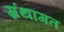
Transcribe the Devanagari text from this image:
ग्रंथागत